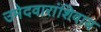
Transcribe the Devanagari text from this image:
उमेदवारांशिवाय